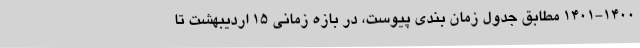
۱۴۰۱-۱۴۰۰ مطابق جدول زمان بندی پیوست، در بازه زمانی ۱۵ اردیبهشت تا